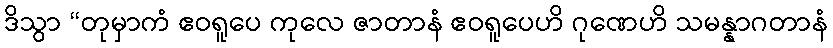
ဒိသွာ “တုမှာကံ ဧဝရူပေ ကုလေ ဇာတာနံ ဧဝရူပေဟိ ဂုဏေဟိ သမန္နာဂတာနံ